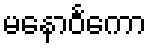
မနောဝင်္ကော